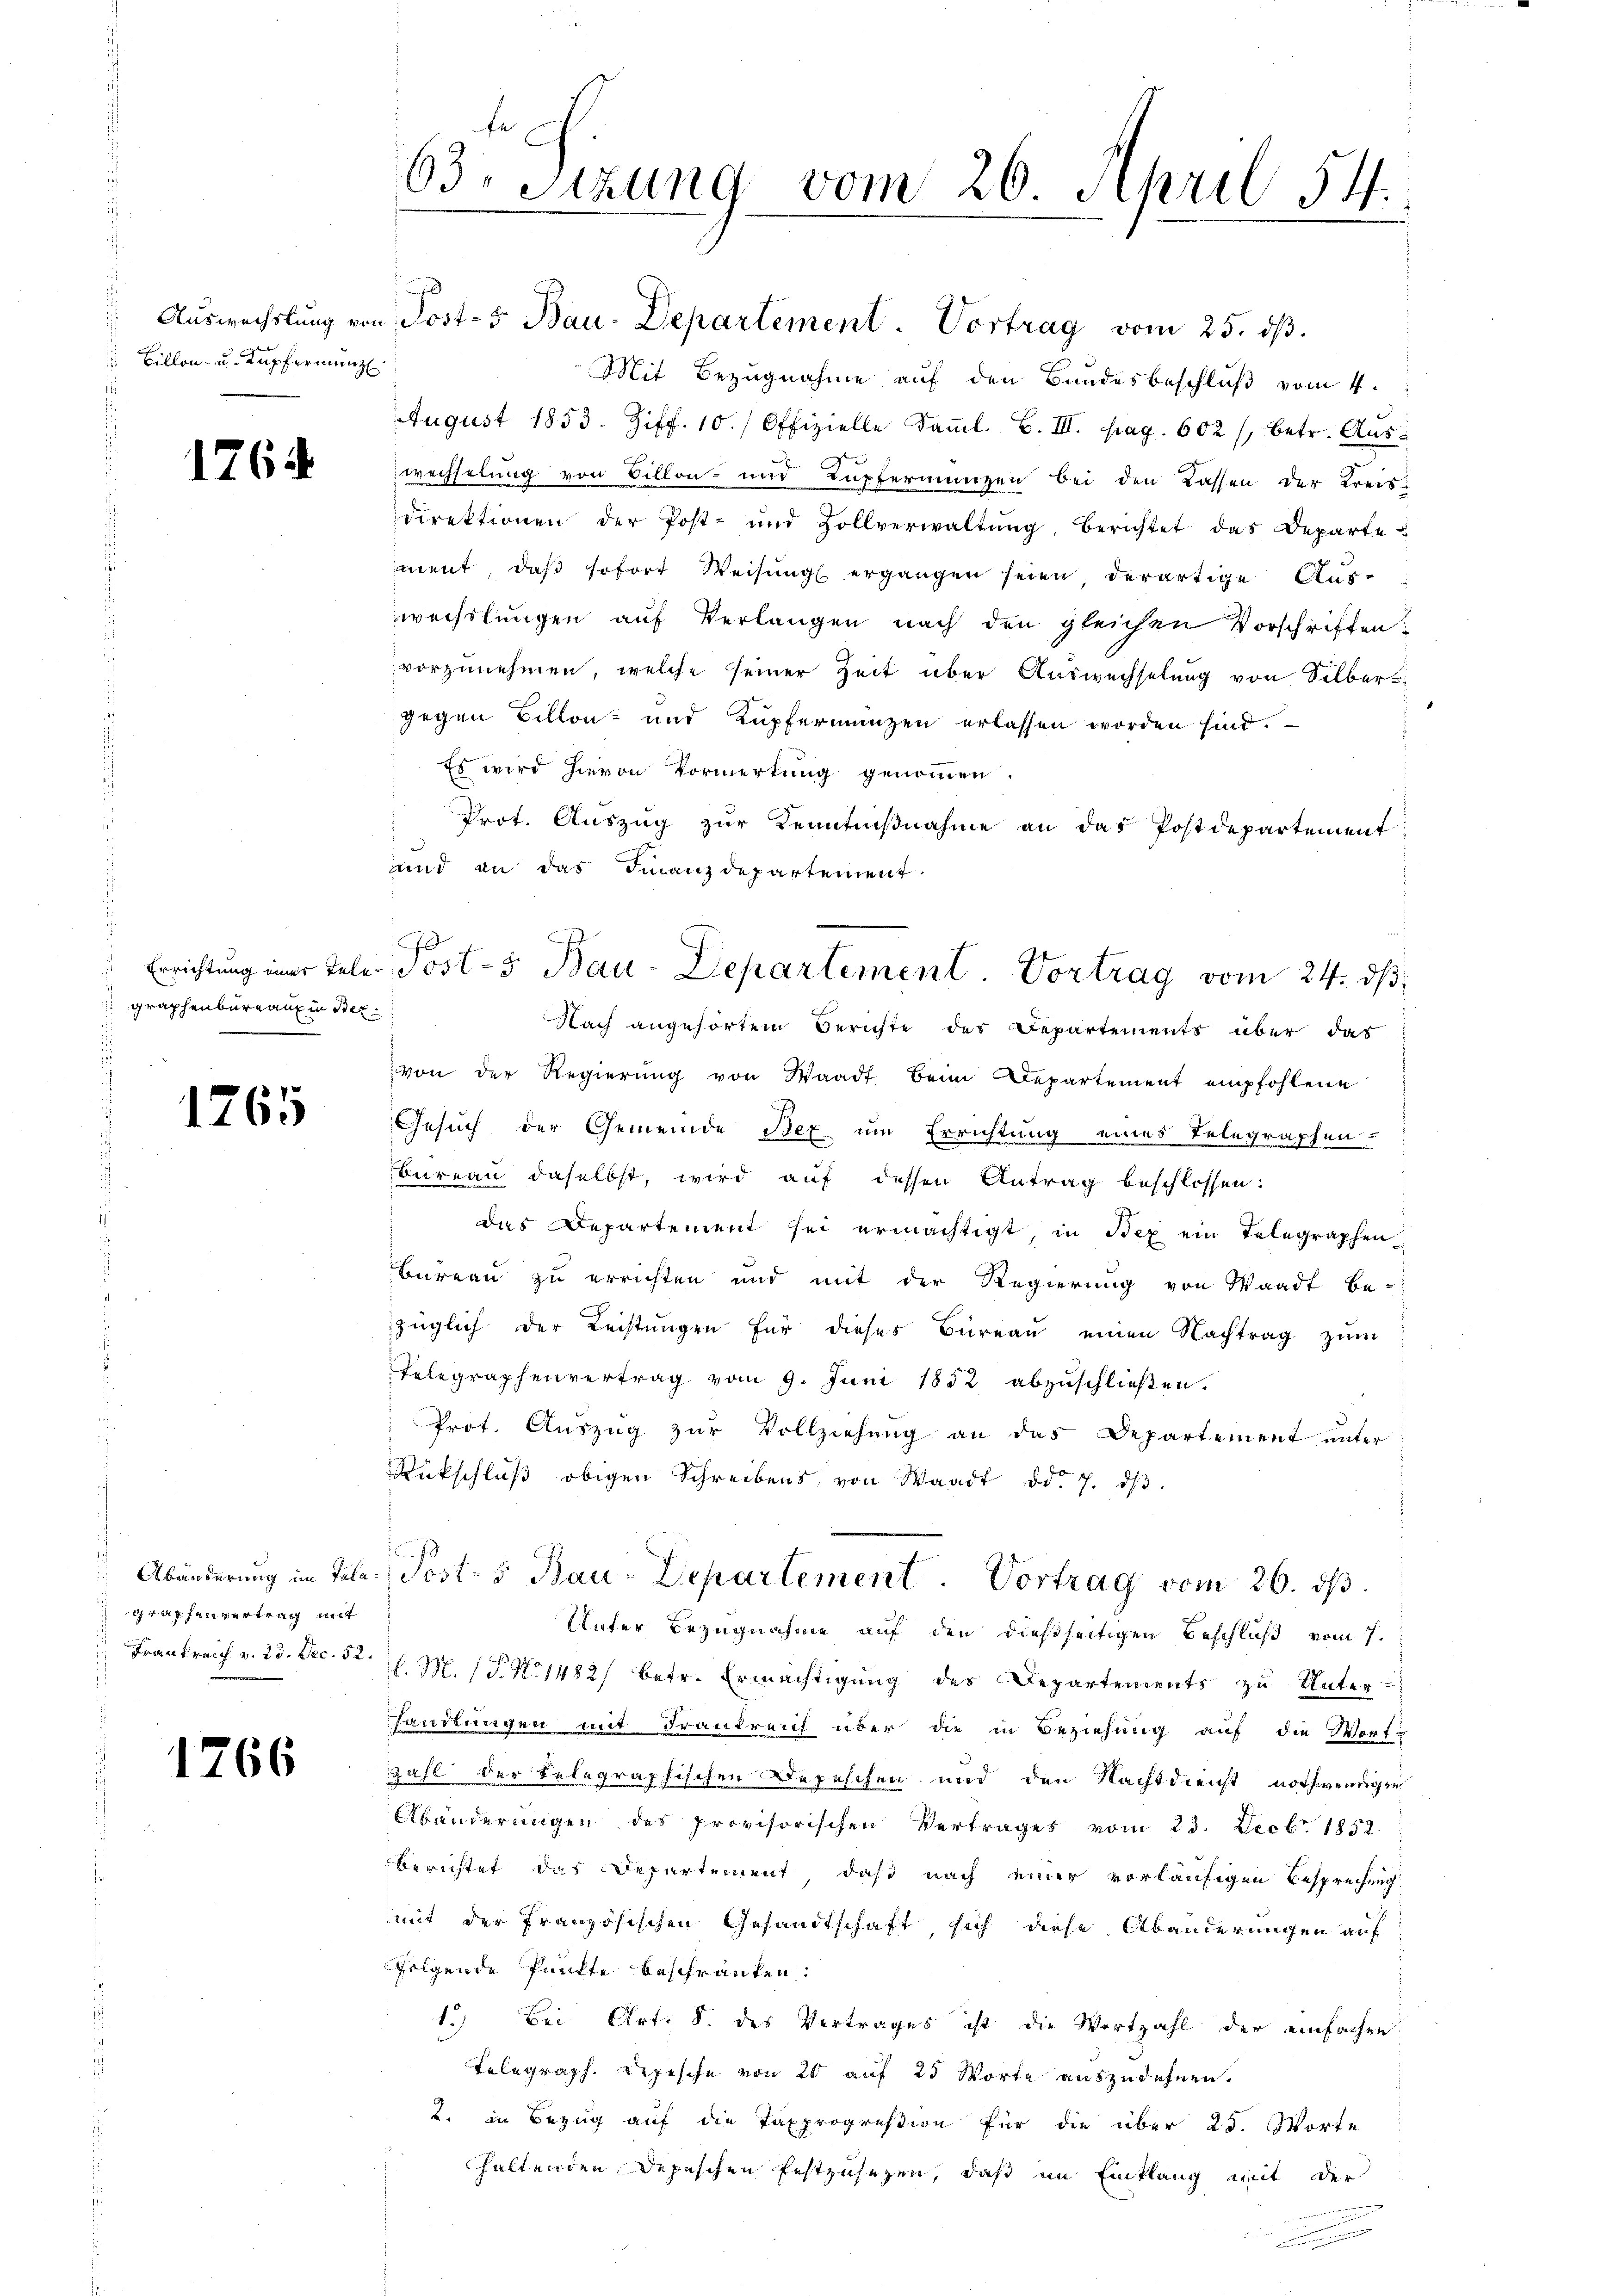
Auswechslung von
Billon- u. Kupfermeng

1764

Errichtung einer Tele
graphenbureau in Stel

1765

Abänderung im Tale
graphenvertrag mit
 Frankreich v. 23. Dec. 52.

1266

63. Sitzung vom 26. April 54.

Mit Bezugnahme auf den Bundesbeschluß vom 4.
August 1853. Ziff. 10. Offizielle Saml. B. III. pag. 602 /, betr. Auswechselung von Billon- und Kupfermangen bei den Kassen der Kreisdirektionen der Post- und Zollverwaltŭng, Berichtet das Departe
ment, daß sofort Weisung ergangen seien, derartige Aus-
wechslungen auf Verlangen nach den gleichen Vorschriften?
vorzŭnehmen, welche seiner Zeit über Auswechselung von Silber
gegen Billon und Kupfermangen erlassen worden sind.
Es wird hievon Vormerkung genommen.
Prot. Auszug zur Kenntnißnahme an das Postdepartement
und an das Finanzdepartement
Nach angehörtem Berichte der Departements über das
von der Regierŭng von Waadt beim Departement empfohlene
Gesuch der Gemeinde Bex um Errichtung eines Telegraphen-
bureau daselbst, wird auf dessen Antrag beschlossen:
das Departement sei ermächtigt, in Bex ein Telegraphen
Bureau zu errichten und mit der Regierung von Waadt be-
züglich der Leistungen für dieses Büreau einen Nachtrag zum
Telegraphenvertrag vom 9. Juni 1852 abzuschließen.
Prot. Auszug zur Vollziehung an das Departement unter
Rückschluß obigen Schreibens von Waadt od. 7. dβ.
Posts Bau-Departement. Vortrag vom 26. ds.
Unter Bezugnahme auf den dießseitigen Beschluß vom 7.
l. M. (T.1482/ betr. Ermächtigung des Departements zu Unter-
handlungen mit Frankreich über die in Beziehung auf die Wort-
Zahl der Belegraphischen Depeschen und den Nachtdienst nothwendigen
Abänderungen des provisorischen Vertrages vom 23. Decbr. 1852
Berichtet das Departement, daß nach einer vorläufigen Besprechung
mit der französischen Gesandtschaft sich diese Abänderungen auf
folgende Punkte beschränken:
1.) Bei Art. 8. des Vertrages ist die Wortzahl der einfachen
Telegraph. Depesche von 20 auf 25 Worte auszudehnen.
2. in Bezug auf die Taxproprestion für die über 25. Worte
haltenden Depeschen festzusezen, daß im Einklang mit der

Post- 5. Bau-Departement. Vortrag vom 25. ds.

70
Josts Bau-Departement. Vortrag vom 24. ds.